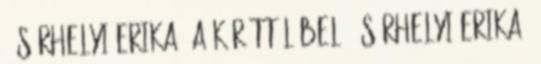
1 Sárhelyi Erika: A körúttól bel 3 Sárhelyi Erika: